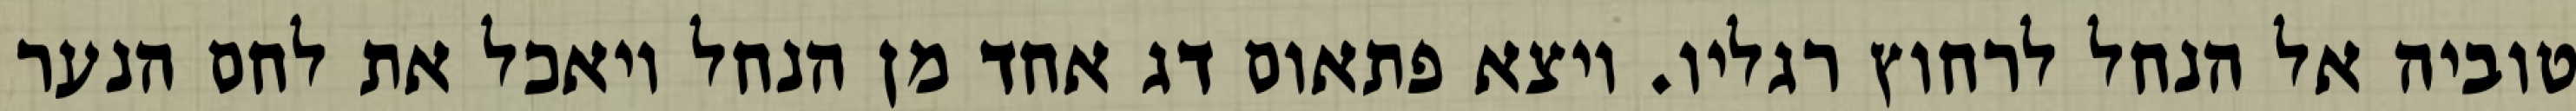
טוביה אל הנחל לרחוץ רגליו. ויצא פתאום דג אחד מן הנחל ויאכל את לחם הנער